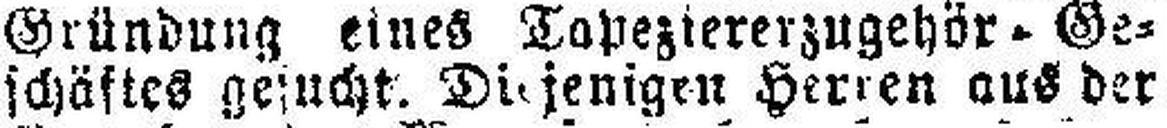
schäftes gesucht. Die jenigen Herren aus der